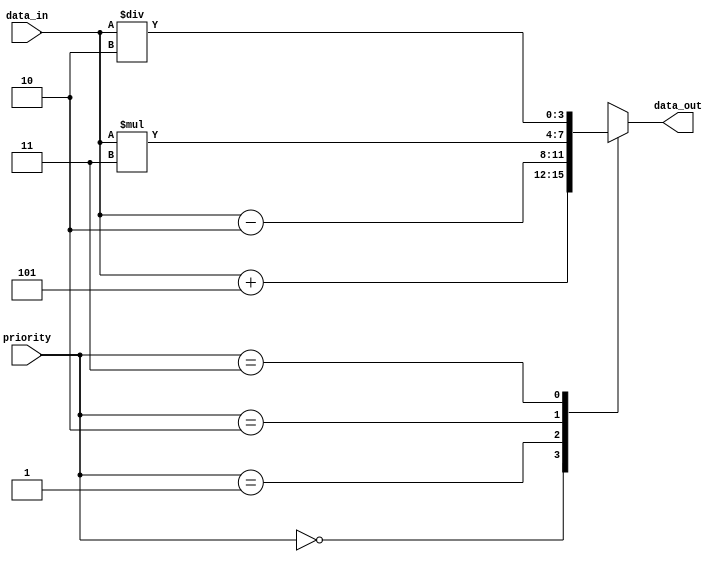
module priority_case (
    input wire [1:0] priority,
    input wire [3:0] data_in,
    output wire [3:0] data_out
);

reg [3:0] data_out;

always @ (priority or data_in) begin
    case (priority)
        2'b00: data_out = data_in + 4'b0101; // Priority 0 condition
        2'b01: data_out = data_in - 4'b0010; // Priority 1 condition
        2'b10: data_out = data_in * 4'b0011; // Priority 2 condition
        2'b11: data_out = data_in / 4'b0010; // Priority 3 condition
    endcase
end

endmodule